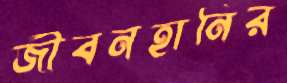
জীবনহানির